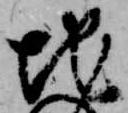
地